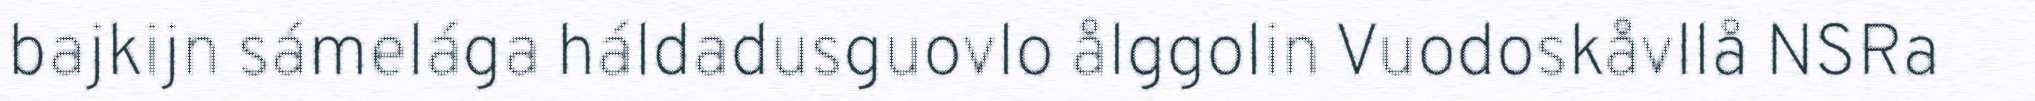
bajkijn sámelága háldadusguovlo ålggolin Vuodoskåvllå NSRa